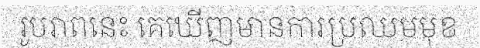
រូបរាពនេះ គេឃើញមានការប្រឈមមុខ